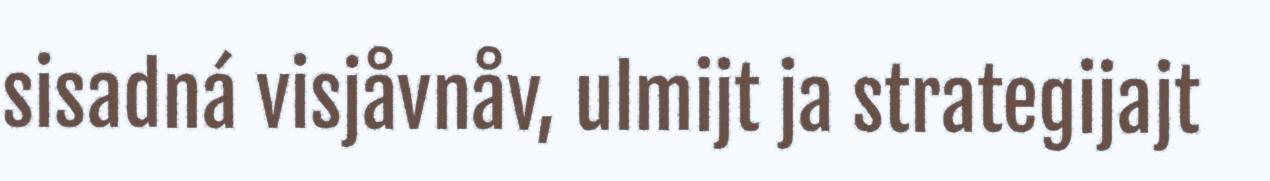
sisadná visjåvnåv, ulmijt ja strategijajt